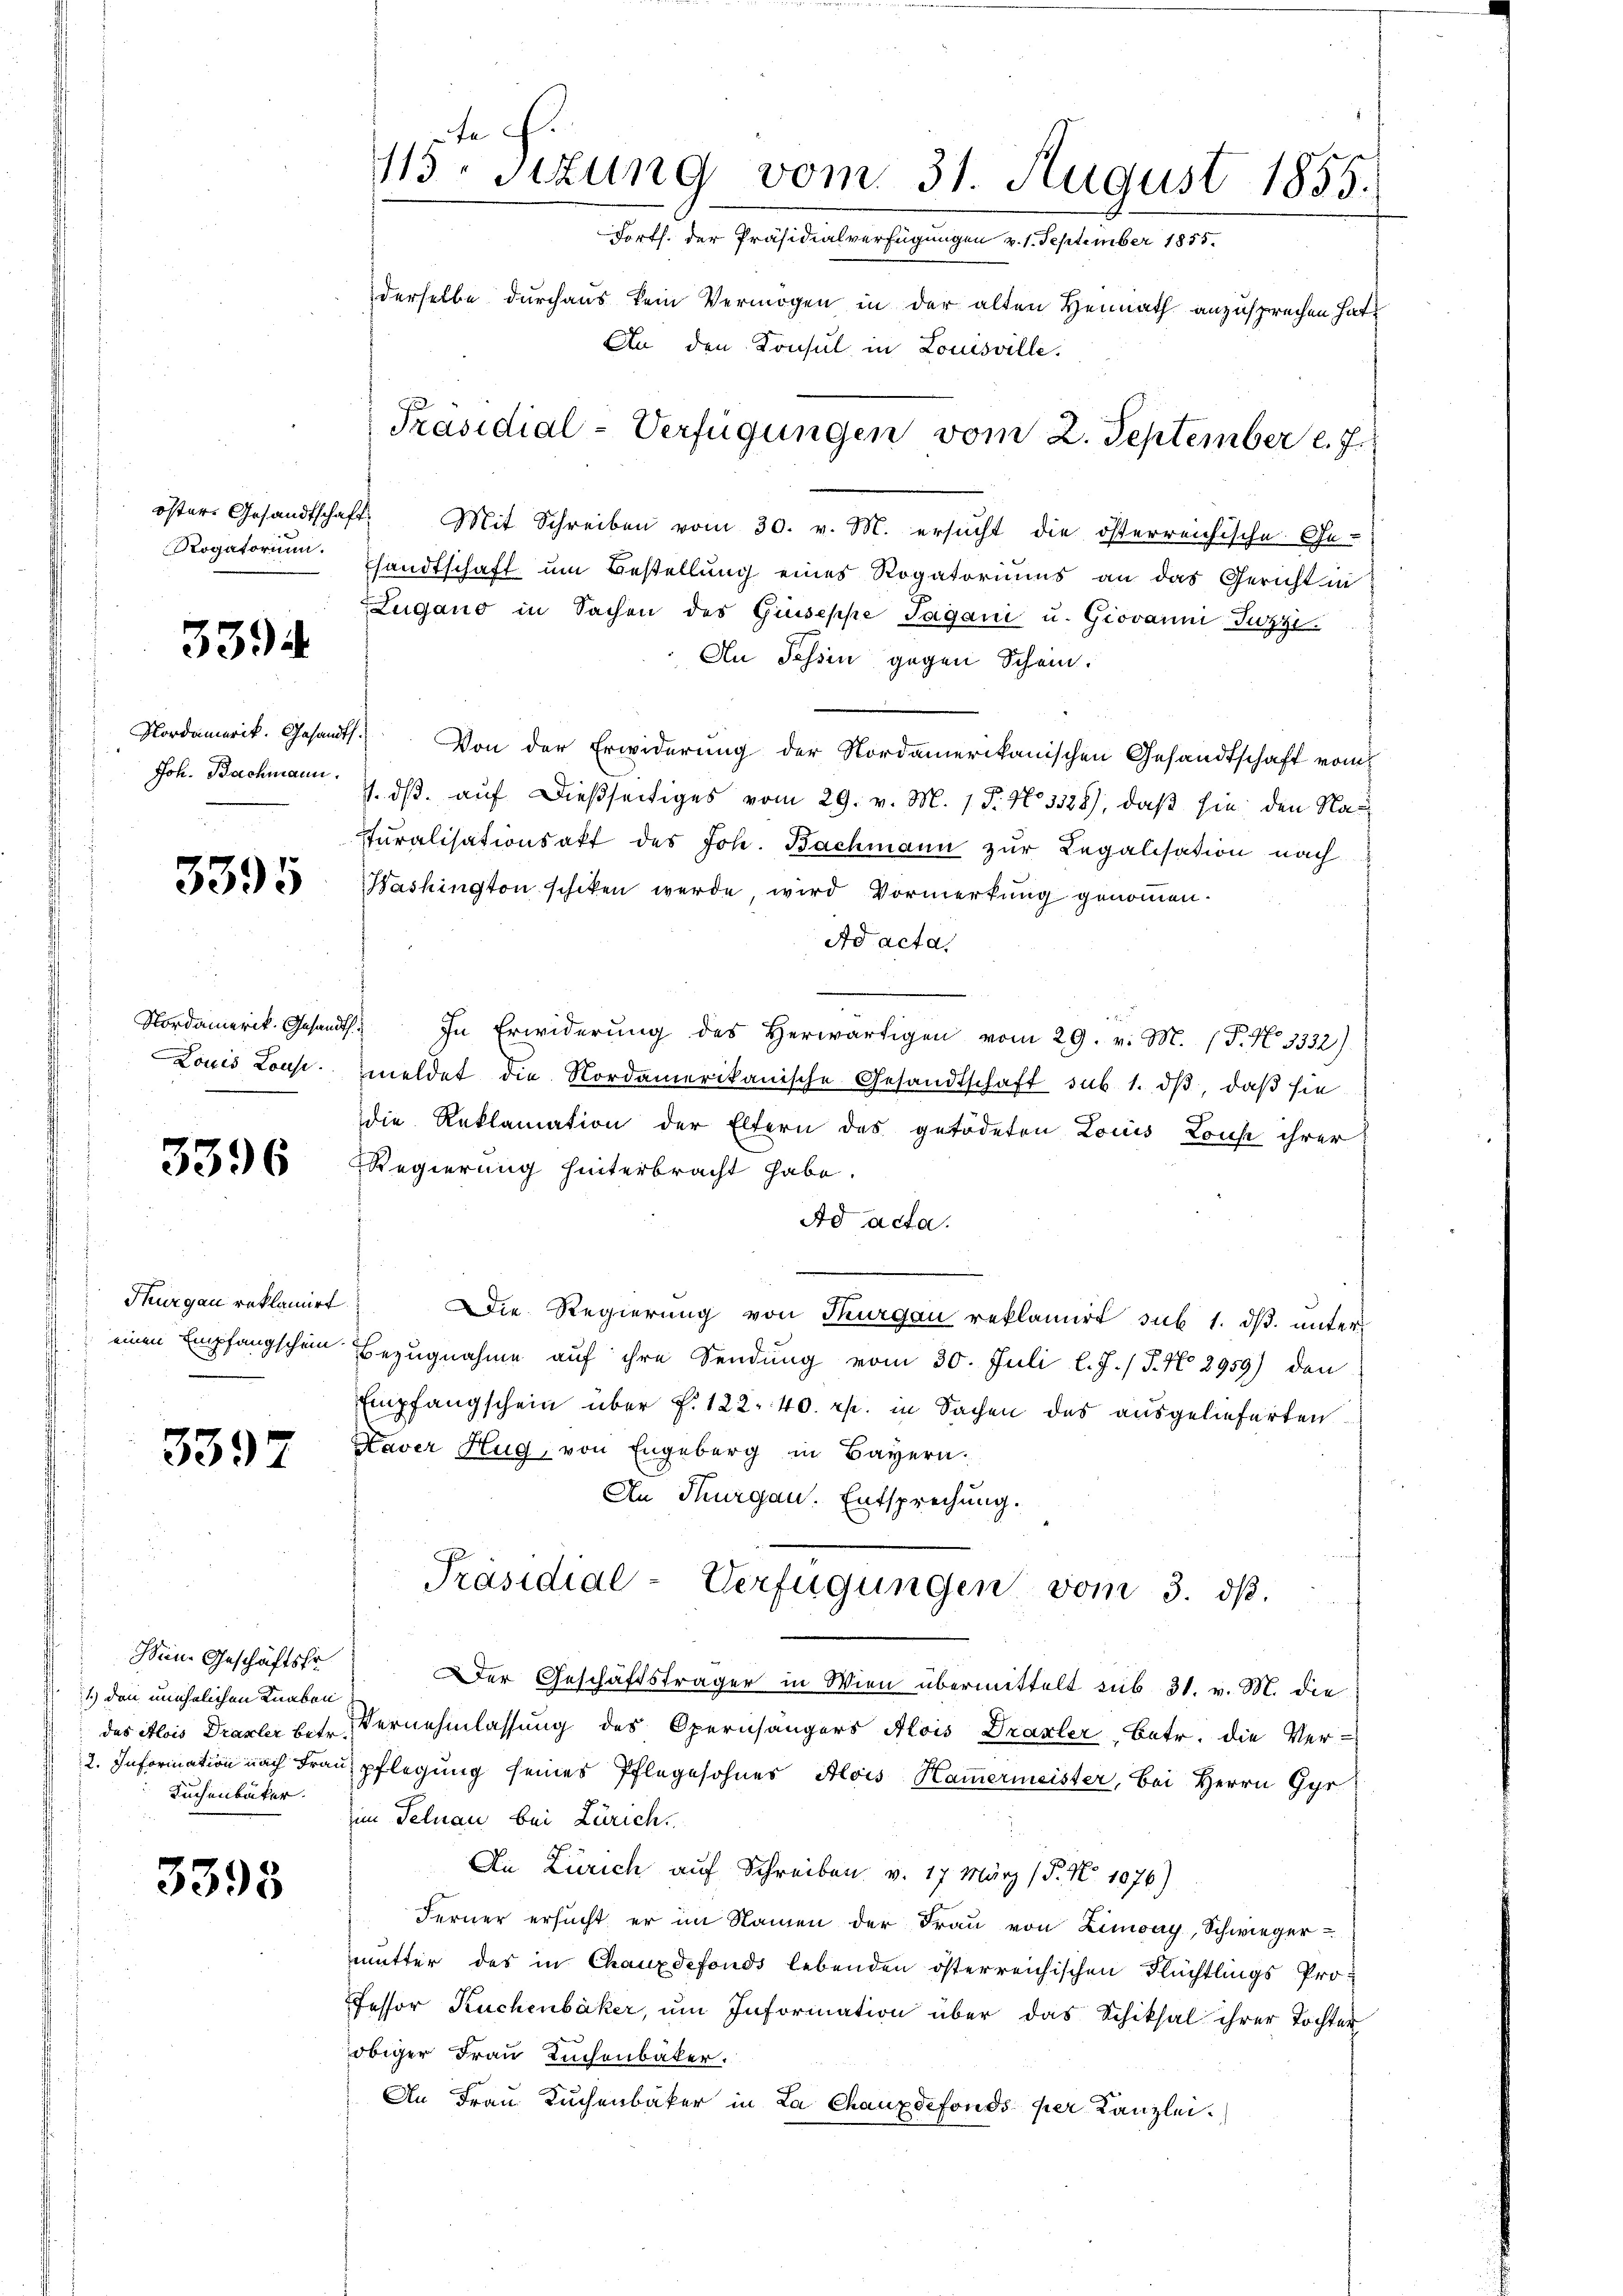
Rogatorium.

3394

Nordamerik. Gesandt
Joh. Bachmann.

3395

Nordamerik. Gesandt
Louis Louse.

3396

Thurgau reklamirt
einen Empfangschein.

3397

Seine Geschäftsfr
1) dann unehelichen Knaben
Tuchenbaker.

3398

te F.
115. Sizung vom 31. August 1855.
Forts. der Präsidialverfügungen v. 1. September 1855.
derselbe durchaus kein Vermögen in der alten Heimath anzusprechen hat,
An den Konsul in Louisville.
Präsidial-Verfügungen vom 2. September l. J.

öster Gesandtschaft. Mit Schreiben vom 30. v. M. ersucht die österreichische Ge-
Esandtschaft um Bestellung eines Rogatoriums an das Gericht in
Zugano in Sachen des Giuseppe Tagani u. Giovanni Tuzzi
An Sessen gegen Schein.
4.) Von der Erwiderung der Nordamerikanischen Gesandtschaft vom
7. ds. auf dießseitiges vom 29. v. M. 1 P. No. 3528), daß sie den Na¬
Pturalisationsakt des Joh. Bachmann zur Legalisation nach
Washington schiken werde, wird Vormerkung genommen.
Ad acta
 In Erwiderung des herwärtigen vom 29. v. M. (T. N. 3332)
meldet die Nordamerikanische Gesandtschaft sub 1. dβ, daß sie
die Reklamation der Eltern des getödeten Louis Louse ihrer
Regierung hinterbracht habe.
Ad acta.
Die Regierung von Thurgau reklamirt sub 1. ds. unter
Bezugnahme auf ihre Sendung vom 30. Juli l. J. / P. No 2959) den
Empfangschein über f. 122 40 rp. in Sachen des ausgelieferten
Haver Hug, von Engeberg in Bayern.
An Thurgau. Entsprechung.

Präsidial-Verfügungen vom 3. ds.

Der Geschäftsträger in Wien übermittelt sub 31. v. M. die
das Alois Drakter betr. Vernehmlassung des Opernhängers Alois Drakler Betr. die Ver-
2. Information nach Frau pflegung seines Pflegesohnes Alois Hammermeister, bei Herrn Gyr
im Selnau bei Zürich.
An Zürich auf Schreiben v. 17 März (P. No 1076)
Ferner ersucht, er im Namen der Frau von Linay, Schwieger
mutter des in Chauxdefonds lebenden österreichischen Flüchtlings Pro-
fessor Kuchenbaker, ŭm Information über das Schiksal ihrer Tochter
obiger Frau Kuchenbaker.
An Frau Kuchenbaker in La Chauxdefonds per Kanzlei.